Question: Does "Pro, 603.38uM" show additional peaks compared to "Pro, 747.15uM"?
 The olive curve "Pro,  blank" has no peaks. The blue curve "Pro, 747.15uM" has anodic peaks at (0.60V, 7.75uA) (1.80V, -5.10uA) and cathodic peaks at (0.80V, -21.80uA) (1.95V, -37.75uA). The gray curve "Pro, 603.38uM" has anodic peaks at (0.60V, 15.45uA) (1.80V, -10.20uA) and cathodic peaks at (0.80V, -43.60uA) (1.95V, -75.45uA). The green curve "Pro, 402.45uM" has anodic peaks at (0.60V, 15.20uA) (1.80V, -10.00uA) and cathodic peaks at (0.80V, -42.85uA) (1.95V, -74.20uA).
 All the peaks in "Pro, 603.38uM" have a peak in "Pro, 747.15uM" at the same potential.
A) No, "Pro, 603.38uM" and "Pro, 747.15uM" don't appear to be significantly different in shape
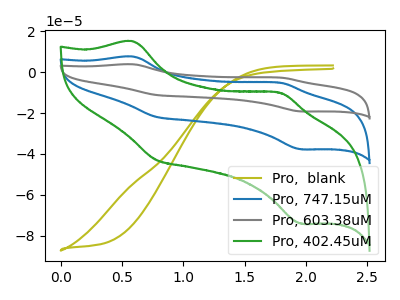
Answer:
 <answer>A) No, "Pro, 603.38uM" and "Pro, 747.15uM" don't appear to be significantly different in shape</answer>
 <eval>A</eval>